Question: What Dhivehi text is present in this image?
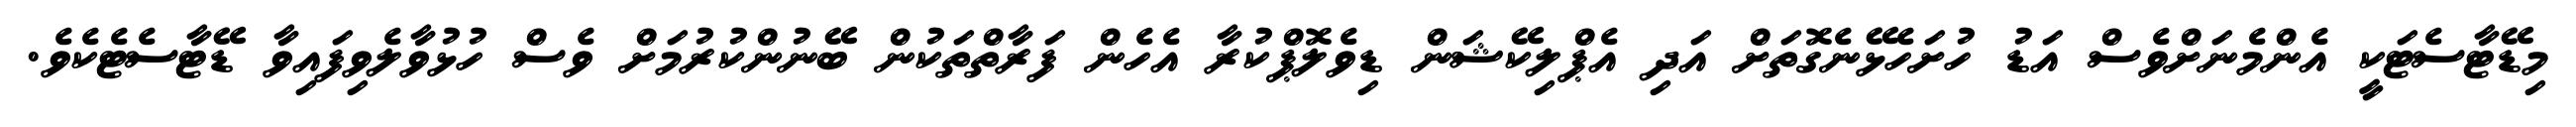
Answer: މިޑޭޓާސެޓަކީ އެންމެނަށްވެސް އަޑު ހުށަހެޅޭނެގޮތަށް އަދި އެޕްލިކޭޝަން ޑިވެލޮޕްކުރާ އެހެން ފަރާތްތަކުން ބޭނުންކުރުމަށް ވެސް ހުޅުވާލެވިފައިވާ ޑޭޓާސެޓެކެވެ.